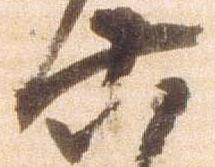
六